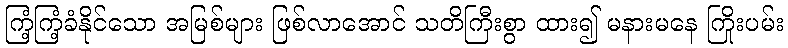
ကြံ့ကြံ့ခံနိုင်သော အမြစ်များ ဖြစ်လာအောင် သတိကြီးစွာ ထား၍ မနားမနေ ကြိုးပမ်း